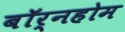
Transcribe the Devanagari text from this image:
बॉर्नहोम